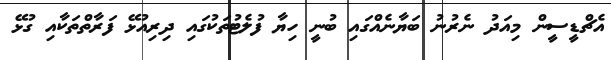
އެޗްޑީސީން މިއަދު ނެރުނު ބަޔާނެއްގައި ބުނީ ހިޔާ ފުލެޓުތަކުގައި ދިރިއުޅޭ ފަރާތްތަކާއި ގުޅޭ